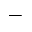
^ { - }